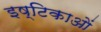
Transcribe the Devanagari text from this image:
इष्टिकाओं